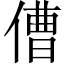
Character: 傮